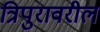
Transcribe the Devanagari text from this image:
त्रिपुरावरील